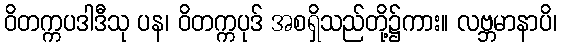
ဝိတက္ကပဒါဒီသု ပန၊ ဝိတက္ကပုဒ် အစရှိသည်တို့၌ကား။ လဗ္ဘမာနာပိ၊